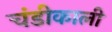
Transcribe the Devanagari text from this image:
चंडीकाली